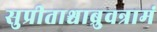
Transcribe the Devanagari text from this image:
सुप्रीताश्चाब्रुवन्रामं